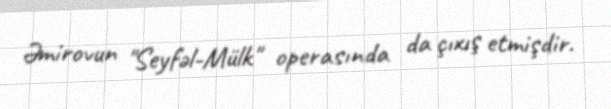
Əmirovun "Seyfəl-Mülk" operasında da çıxış etmişdir.